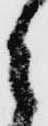
ら